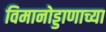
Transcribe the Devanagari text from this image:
विमानोड्डाणाच्या